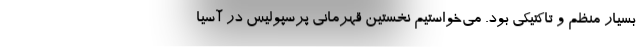
بسیار منظم و تاکتیکی بود. می‌خواستیم نخستین قهرمانی پرسپولیس در آسیا